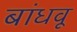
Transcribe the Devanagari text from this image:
बांधवू